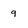
Character: q